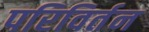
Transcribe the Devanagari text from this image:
परिविर्तन